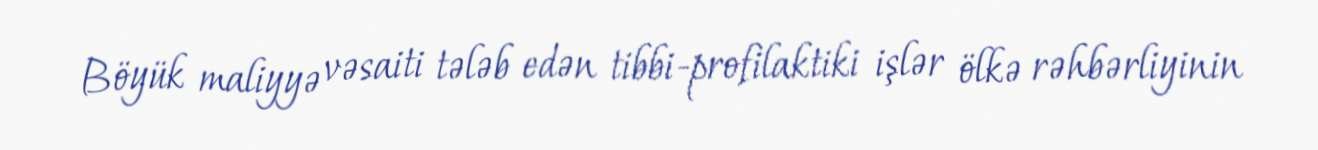
Böyük maliyyə vəsaiti tələb edən tibbi-profilaktiki işlər ölkə rəhbərliyinin